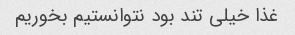
غذا خیلی تند بود نتوانستیم بخوریم